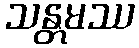
သန္တမဿ